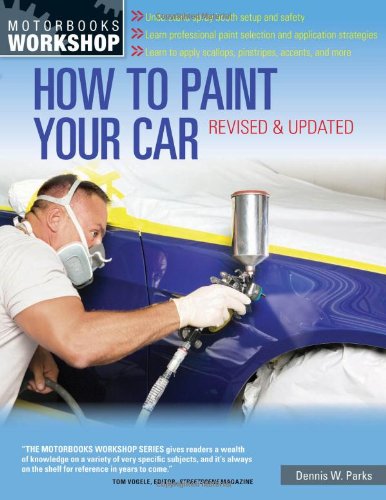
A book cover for How to Paint Your Car: Revised & Updated (Motorbooks Workshop); Dennis W. Parks; Engineering & Transportation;